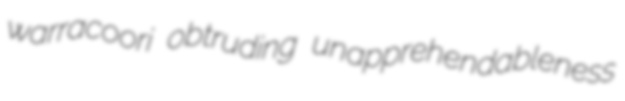
warracoori obtruding unapprehendableness